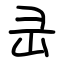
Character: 㞪